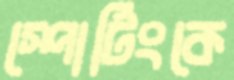
স্পোর্টিংকে